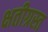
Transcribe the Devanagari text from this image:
क्षतीग्रस्त